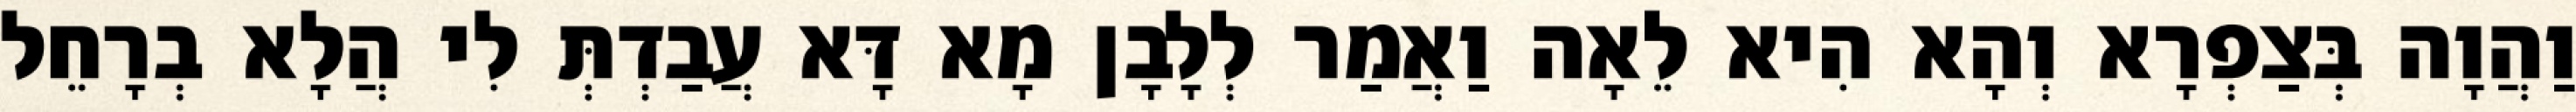
וַהֲוָה בְּצַפְרָא וְהָא הִיא לֵאָה וַאֲמַר לְלָבָן מָא דָּא עֲבַדְתְּ לִי הֲלָא בְרָחֵל